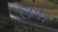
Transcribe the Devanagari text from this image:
ल१।